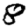
Digit: 8